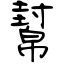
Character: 幫